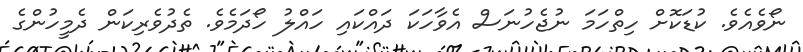
ނޯވެއެވެ. ކުޑަކޮށް ހިތްހަމަ ނުޖެހުނަސް އެވާހަކަ ދައްކައި ހައްލު ހޯދަމެވެ. ތެދުވެރިކަން ދެމީހުންގެ